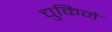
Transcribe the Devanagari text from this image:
चुकिने